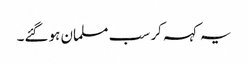
یہ کہہ کر سب مسلمان ہوگئے۔